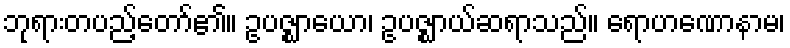
ဘုရားတပည့်တော်၏။ ဥပဇ္ဈာယော၊ ဥပဇ္ဈာယ်ဆရာသည်။ ရောဟဏောနာမ၊